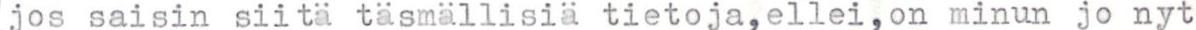
jos saisin siitä täsmällisiä tietoja,ellei,on minun jo nyt